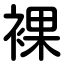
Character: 裸